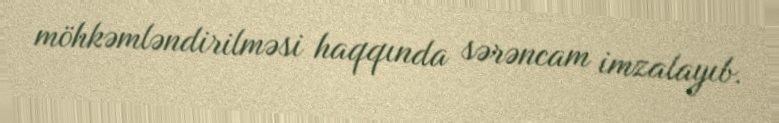
möhkəmləndirilməsi haqqında sərəncam imzalayıb.